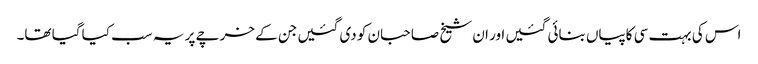
اس کی بہت سی کاپیاں بنائی گئیں اور ان شیخ صاحبان کو دی گئیں جن کے خرچے پر یہ سب کیا گیا تھا۔